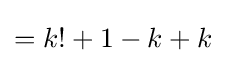
=k!+1-k+k